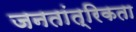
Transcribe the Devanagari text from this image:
जनतांत्रिकता